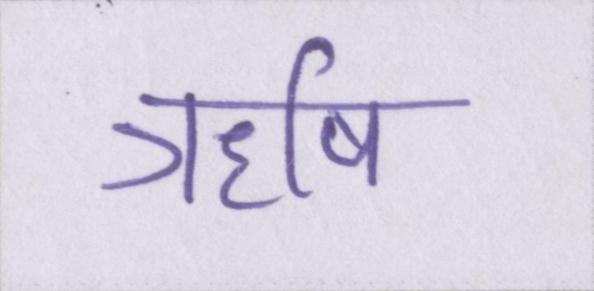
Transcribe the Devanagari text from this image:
ॠषि